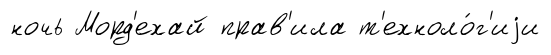
ночь Морд'ехай прав'ила т'ехноло́г'иjи